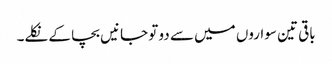
باقی تین سواروں میں سے دو تو جانیں بچا کے نکلے۔